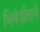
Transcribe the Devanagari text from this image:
भिवंडीतले